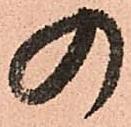
の